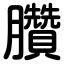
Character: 臢